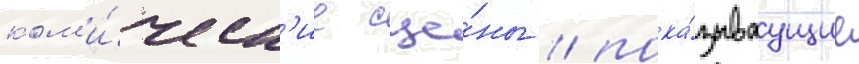
ком'и́ческ'ие сце́ны / пока́зываущие